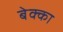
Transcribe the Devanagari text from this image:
बेक्का